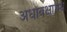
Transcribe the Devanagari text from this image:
अधोवक्षास्थि